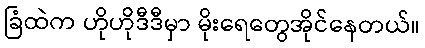
ခြံထဲက ဟိုဟိုဒီဒီမှာ မိုးရေတွေအိုင်နေတယ်။